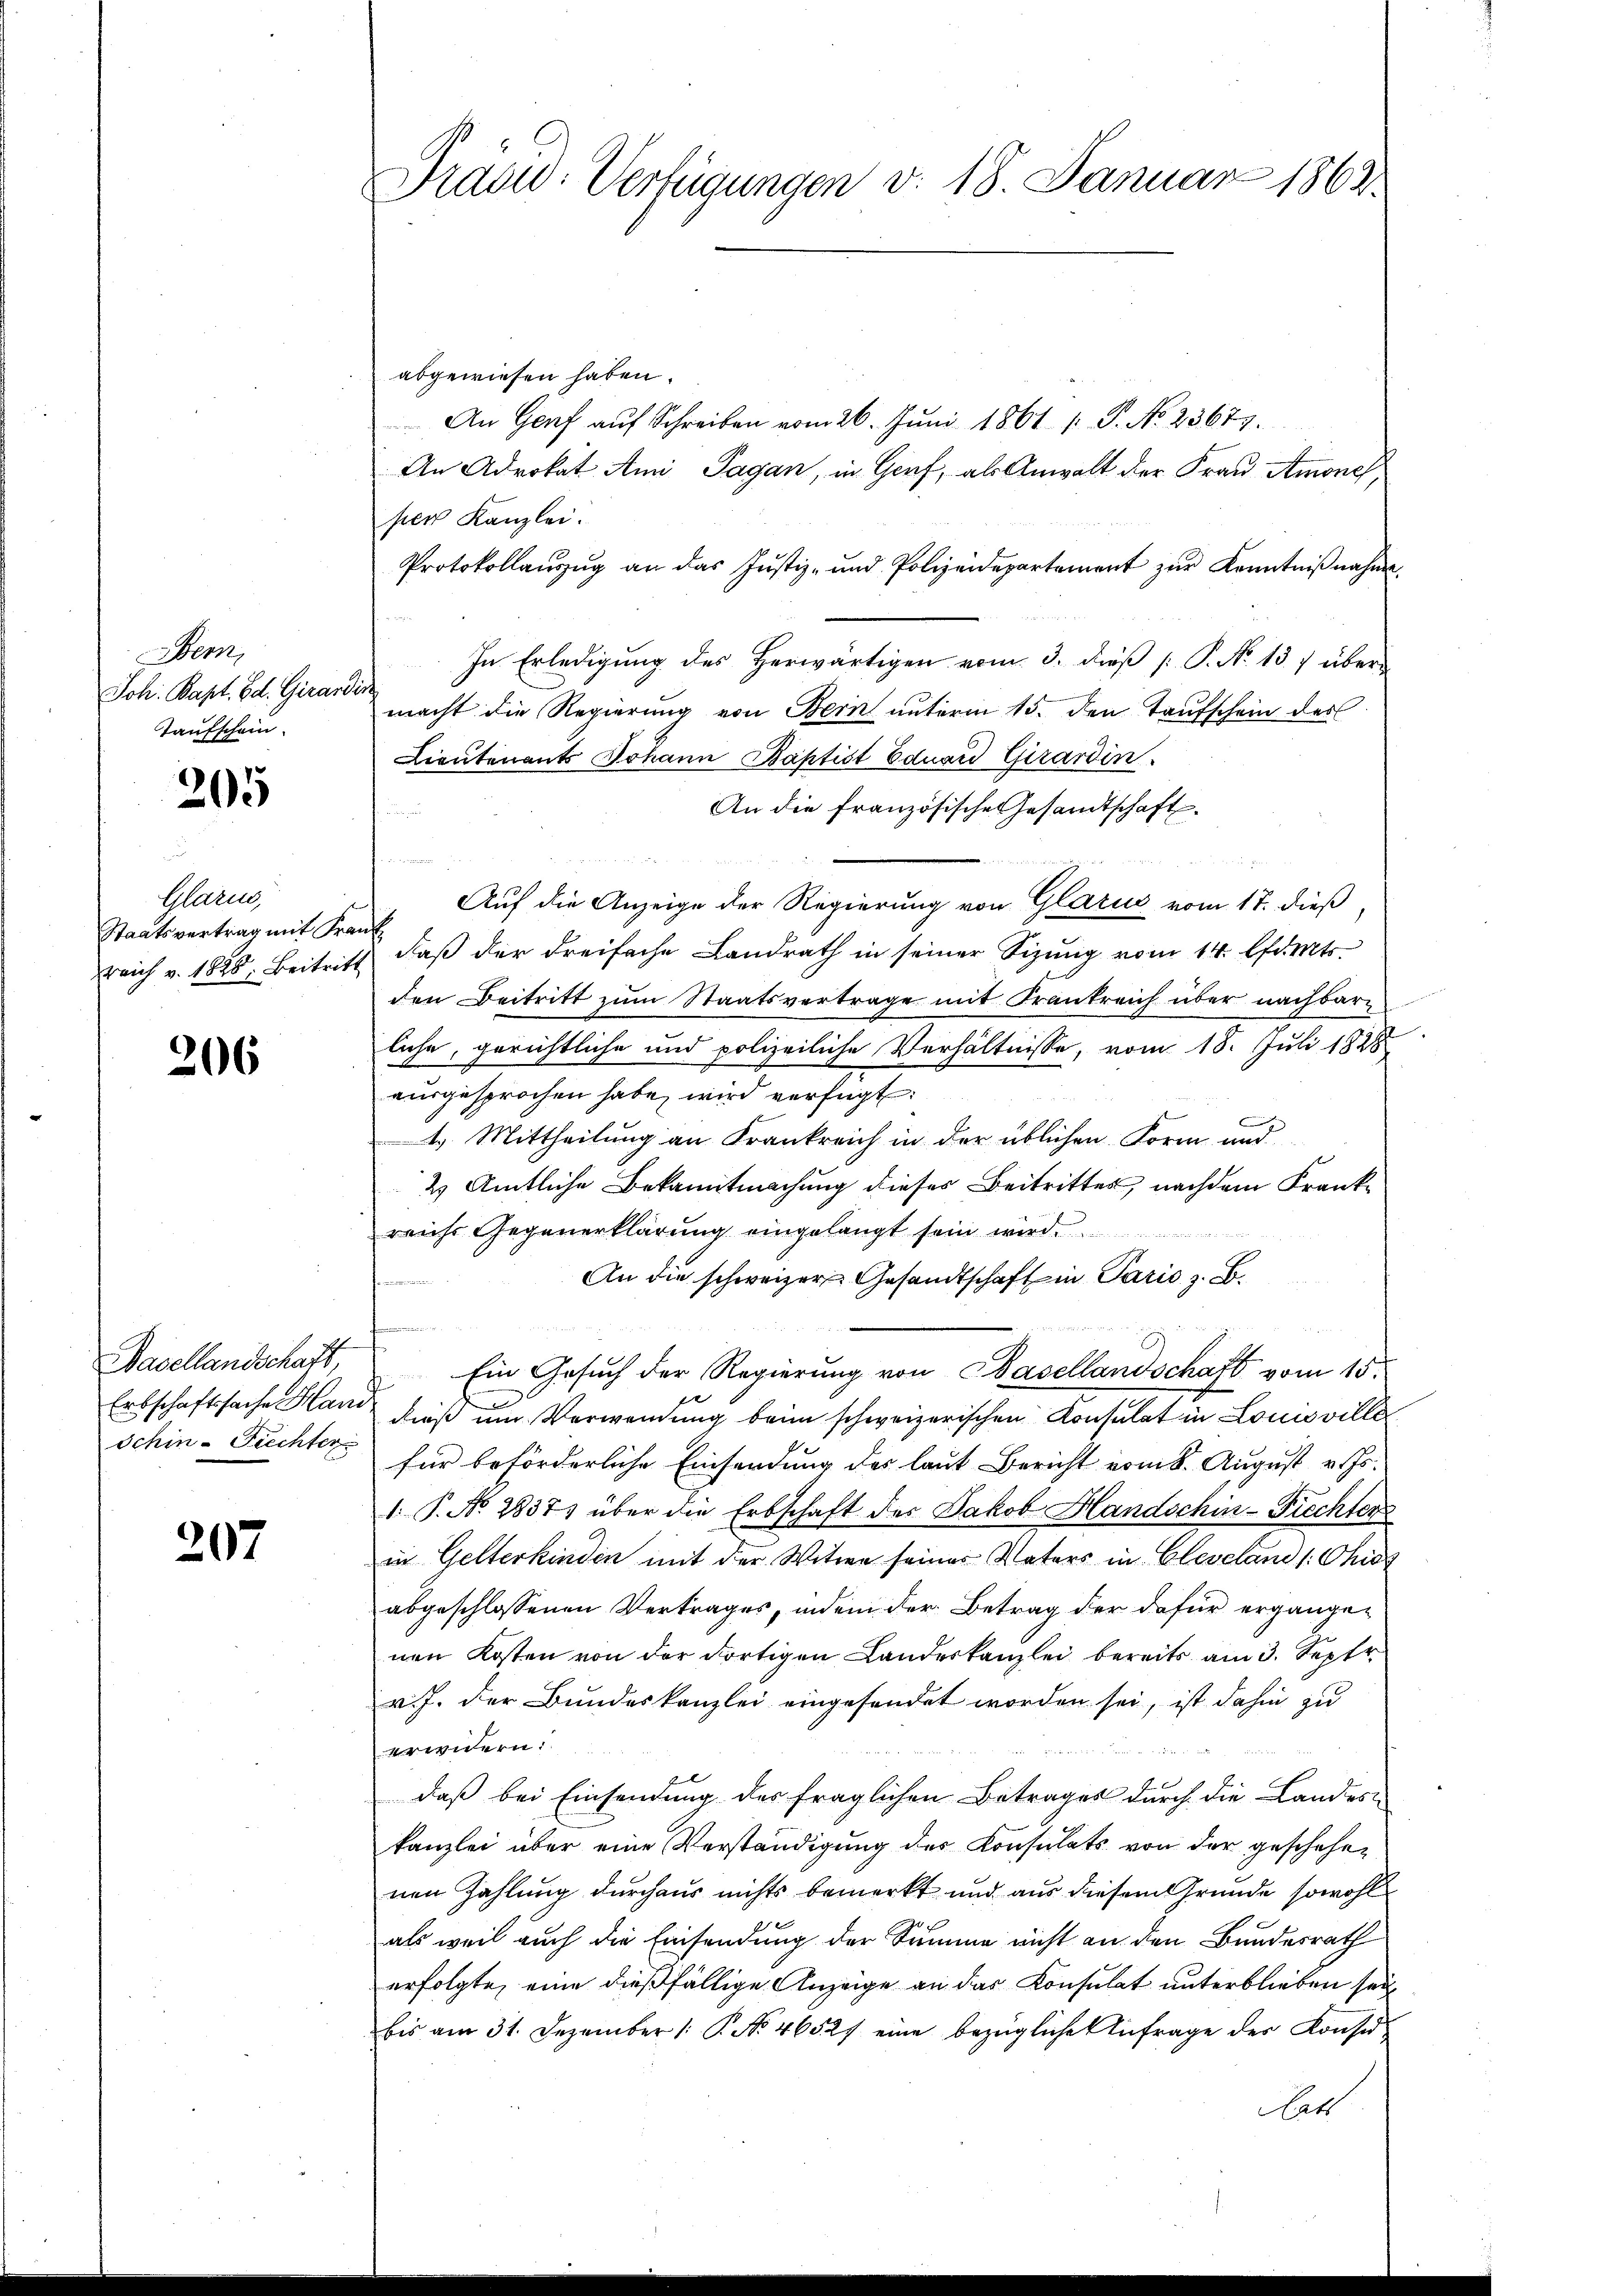
em
Joh. Bapt. Ed. Girardi
Taufschein

205

Glarus,
Staatsvertrag mit Fra
reich v. 1828. Beitrit

206

Basellandschaft,
Erbschaftssache Hani
Schin - Frechter

207

Dradid: Verfügungen v. 18. Januar 1862.

abgewiesen haben.
An Genf aŭf Schreiben vom 26. Jŭni 1861 /: P. No. 23677.
An Advokat Ami Pagan, in Genf, als Anwalt der Frau Amones,
per Kanzlei.
Protokollaŭszŭg an das Justiz- und Polizeidepartement zŭr Kenntniβnahme.
In Erledigung des Herwärtigen vom 3. dieß [ P. No 137 über-
macht die Regierung von Bern unterm 15. den Taufschein des
Lieutenants Johann Baptist Eduard Girardin
An die französische Gesandtschaft.

e
Auf die Anzeige der Regierung von Glarus vom 17. dieß,
i
daß der dreifache Landrath in seiner Sizinnig vom 14. Amtsden Beitritt zum Staatsvertrage mit Frankreich über nachbarliche, gerichtliche und polizeiliche Verhältnisse, vom 18. Juli 1888
ausgesprochen habe, wird verfügt:
C
4.) Mittheilung an Frankreich in der üblichen Form und
2 Amtliche Bekanntmachung dieses Beitrittes, nachdem Frankreichs Gegenerklärung eingelangt sein wird.
An die schweizer Gesandtschaft in Paris, z. B.
s
t
Ein Gesuch der Regierung von Basellandschaft vom 15.
dieß um Verwendung beim schweizerischen Konsulat in Louisville
für beförderliche Einsendung des laut Bericht vom 8. August v. Js.
1. P. No. 2837) über die Erbschaft des Jakob Blandschen-Fiechten
in Gelterkinden mit der Witwe seiner Vaters in Cleveland /: Chies
abgeschlossenen Vertrages, indem der Betrag der dafür ergängen
nen Kosten von der dortigen Landeskanzlei bereits am 3. Sept.
v. J. der Bundeskanzlei eingesendet worden sei, ist dahin zu
erwidern:
daß bei Einsendung des fraglichen Betrages durch die Landes-
kanzlei über eine Verständigung des Konsulats von der geschehenen Zahlung durchaus nichts bemerkt und aus diesem Grunde sowohl
als weil auch die Einsendung der Summe nicht an den Bundesrath
erfolgte, eine dießfällige Anzeige an das Konsulat unterblieben sei,
bis am 31. Dezember 1 P. No 46527 eine bezügliche Anfrage der Konsu
ah